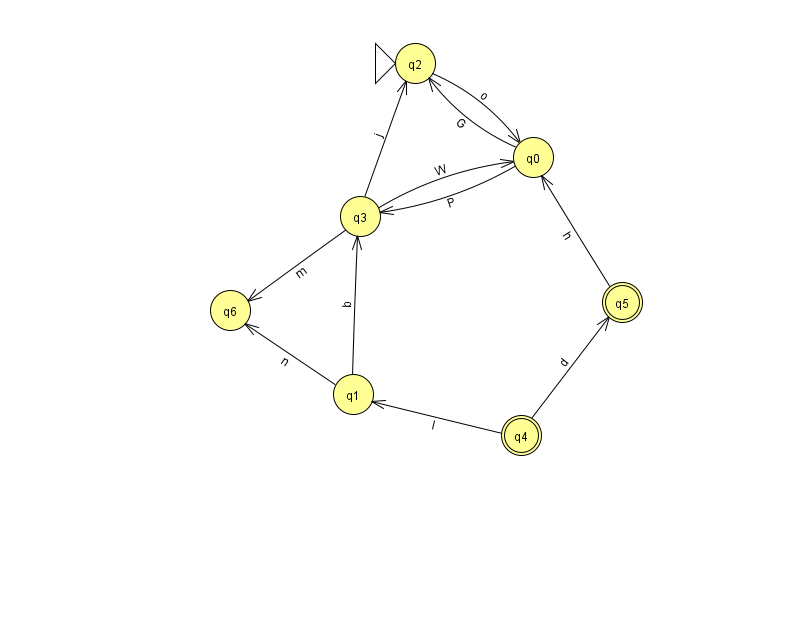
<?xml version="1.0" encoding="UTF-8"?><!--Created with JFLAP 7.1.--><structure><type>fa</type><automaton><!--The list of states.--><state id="0" name="q0"><x>533.0</x><y>144.0</y></state><state id="1" name="q1"><x>353.0</x><y>381.0</y></state><state id="2" name="q2"><x>415.0</x><y>50.0</y><initial/></state><state id="3" name="q3"><x>360.0</x><y>203.0</y></state><state id="4" name="q4"><x>521.0</x><y>422.0</y><final/></state><state id="5" name="q5"><x>622.0</x><y>289.0</y><final/></state><state id="6" name="q6"><x>230.0</x><y>297.0</y></state><!--The list of transitions.--><transition><from>2</from><to>0</to><read>o</read></transition><transition><from>1</from><to>6</to><read>n</read></transition><transition><from>3</from><to>2</to><read>j</read></transition><transition><from>4</from><to>1</to><read>I</read></transition><transition><from>3</from><to>0</to><read>W</read></transition><transition><from>0</from><to>3</to><read>P</read></transition><transition><from>1</from><to>3</to><read>b</read></transition><transition><from>3</from><to>6</to><read>m</read></transition><transition><from>0</from><to>2</to><read>G</read></transition><transition><from>5</from><to>0</to><read>h</read></transition><transition><from>4</from><to>5</to><read>d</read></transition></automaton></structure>